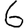
Digit: 6